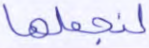
لنجعلها